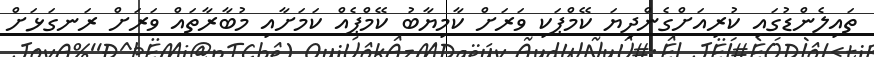
ތައިލެންޑުގައި ކުރިއަށްގެންދިޔަ ކޭމްޕަކި ވަރަށް ކާމިޔާބު ކޭމްޕެއް ކަމަށާއި މުބާރާތައް ވަރަށް ރަނގަޅަށް